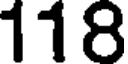
118